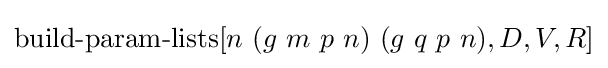
\operatorname {build-param-lists} [n\ (g\ m\ p\ n)\ (g\ q\ p\ n),D,V,R]